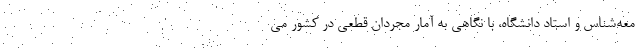
معه‌شناس و استاد دانشگاه، با نگاهی به آمار مجردان قطعی در کشور می